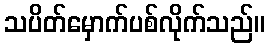
သပိတ်မှောက်ပစ်လိုက်သည်။